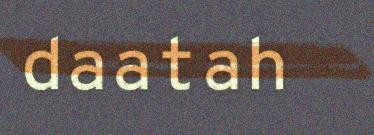
daatah